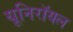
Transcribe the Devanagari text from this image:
यूनिरॉयल